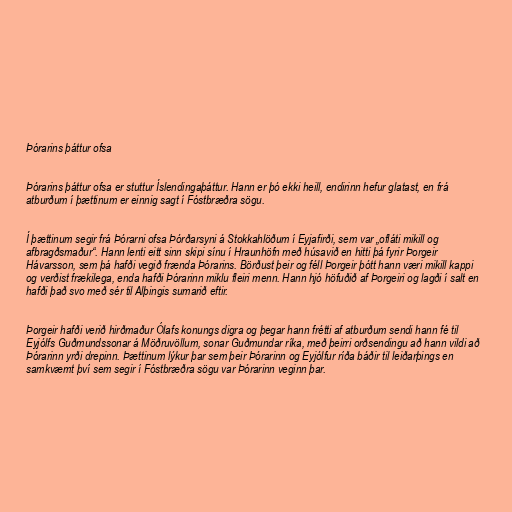
Þórarins þáttur ofsa

Þórarins þáttur ofsa er stuttur Íslendingaþáttur. Hann er þó ekki heill, endirinn hefur glatast, en frá
atburðum í þættinum er einnig sagt í Fóstbræðra sögu.

Í þættinum segir frá Þórarni ofsa Þórðarsyni á Stokkahlöðum í Eyjafirði, sem var „ofláti mikill og
afbragðsmaður“. Hann lenti eitt sinn skipi sínu í Hraunhöfn með húsavið en hitti þá fyrir Þorgeir
Hávarsson, sem þá hafði vegið frænda Þórarins. Börðust þeir og féll Þorgeir þótt hann væri mikill kappi
og verðist frækilega, enda hafði Þórarinn miklu fleiri menn. Hann hjó höfuðið af Þorgeiri og lagði í salt en
hafði það svo með sér til Alþingis sumarið eftir.

Þorgeir hafði verið hirðmaður Ólafs konungs digra og þegar hann frétti af atburðum sendi hann fé til
Eyjólfs Guðmundssonar á Möðruvöllum, sonar Guðmundar ríka, með þeirri orðsendingu að hann vildi að
Þórarinn yrði drepinn. Þættinum lýkur þar sem þeir Þórarinn og Eyjólfur ríða báðir til leiðarþings en
samkvæmt því sem segir í Fóstbræðra sögu var Þórarinn veginn þar.